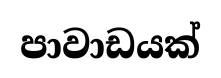
පාවාඩයක්